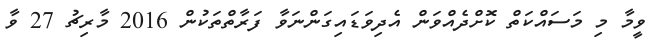
ވީމާ މި މަސައްކަތް ކޮށްދެއްވަން އެދިވަޑައިގަންނަވާ ފަރާތްތަކުން 2016 މާރިޗު 27 ވާ